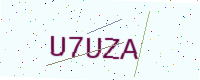
Text: U7UZA